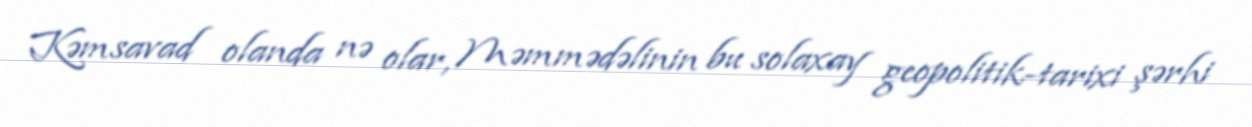
Kəmsavad olanda nə olar, Məmmədəlinin bu solaxay geopolitik-tarixi şərhi